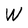
Character: W